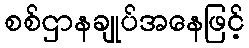
စစ်ဌာနချုပ်အနေဖြင့်